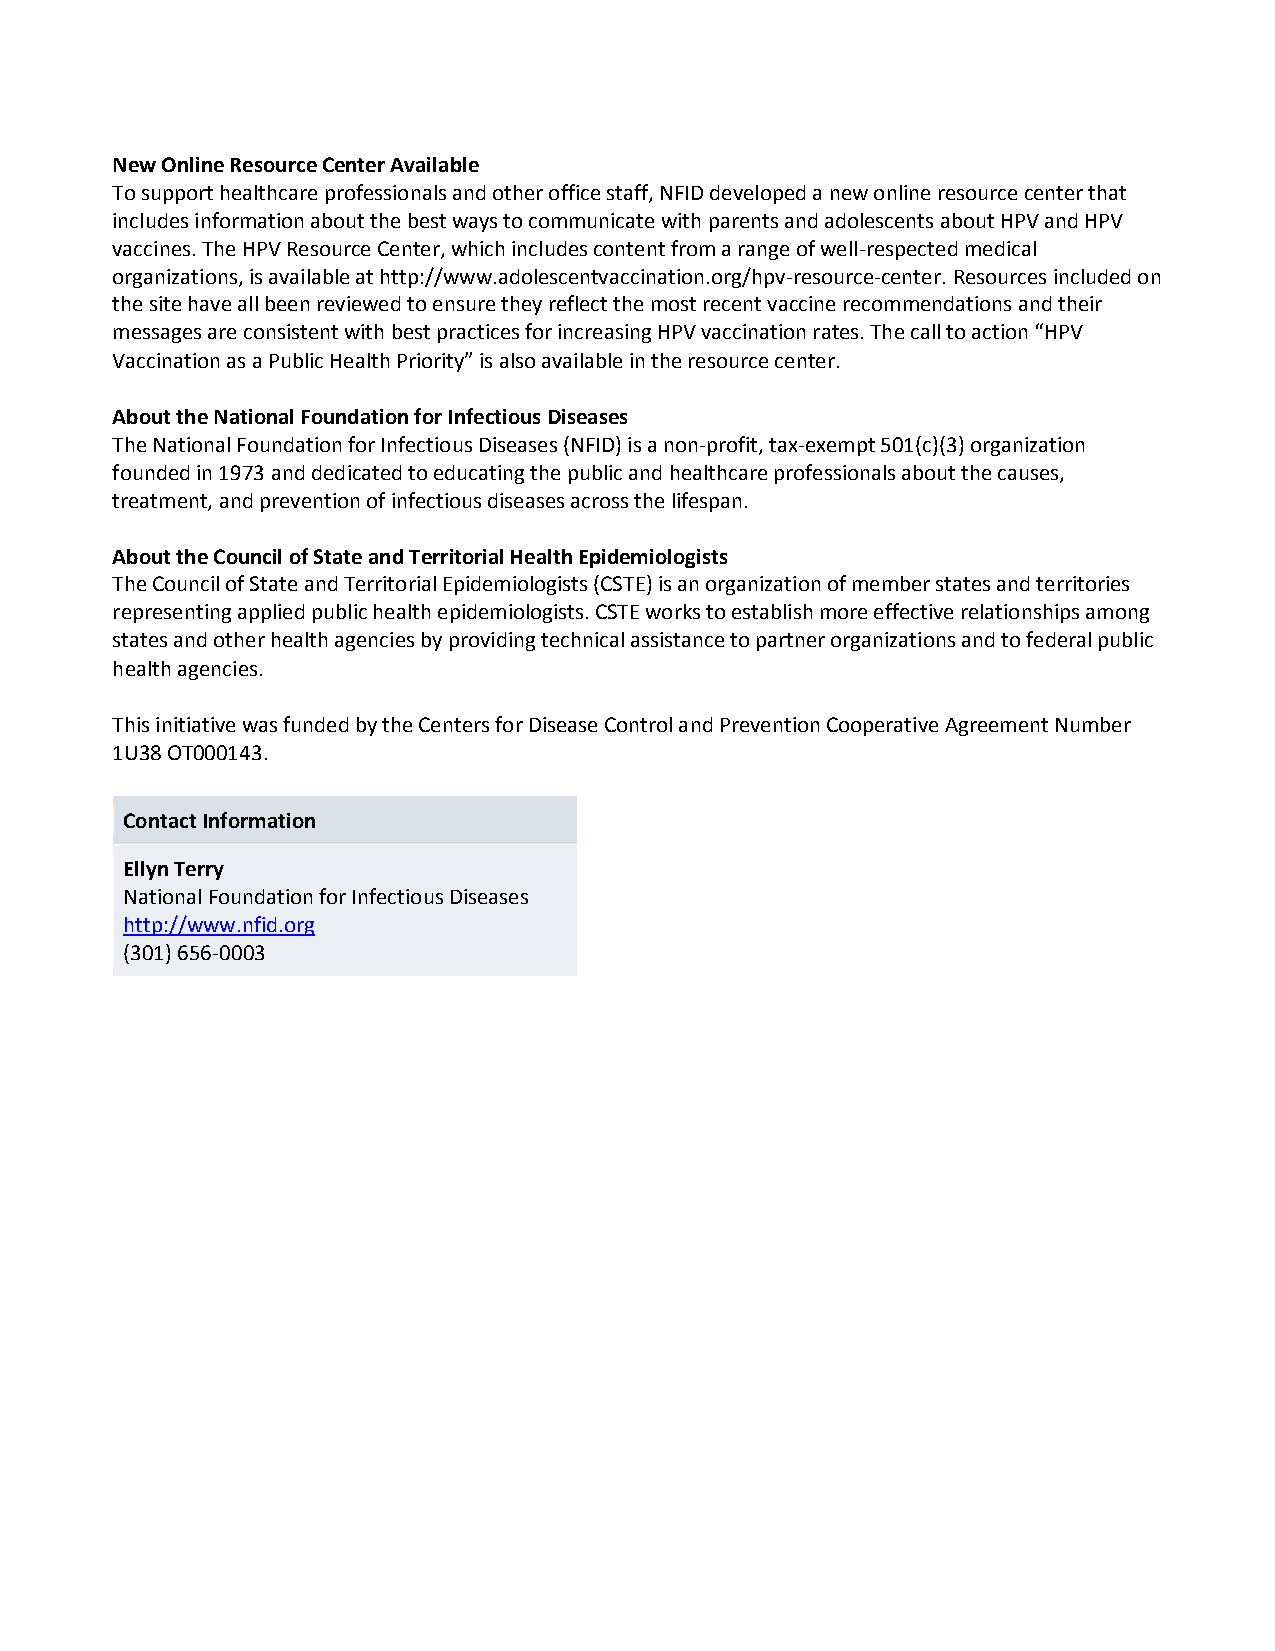
New Online Resource Center Available
 To support healthcare professionals and other office staff, NFID developed a new online resource center that
 includes information about the best ways to communicate with parents and adolescents about HPV and HPV
 vaccines. The HPV Resource Center, which includes content from a range of well-respected medical
 organizations, is available at http://www.adolescentvaccination.org/hpv-resource-center. Resources included on
 the site have all been reviewed to ensure they reflect the most recent vaccine recommendations and their
 messages are consistent with best practices for increasing HPV vaccination rates. The call to action “HPV
 Vaccination as a Public Health Priority” is also available in the resource center.
 About the National Foundation for Infectious Diseases
 The National Foundation for Infectious Diseases (NFID) is a non-profit, tax-exempt 501(c)(3) organization
 founded in 1973 and dedicated to educating the public and healthcare professionals about the causes,
 treatment, and prevention of infectious diseases across the lifespan.
 About the Council of State and Territorial Health Epidemiologists
 The Council of State and Territorial Epidemiologists (CSTE) is an organization of member states and territories
 representing applied public health epidemiologists. CSTE works to establish more effective relationships among
 states and other health agencies by providing technical assistance to partner organizations and to federal public
 health agencies.
 This initiative was funded by the Centers for Disease Control and Prevention Cooperative Agreement Number
 1U38 OT000143.
 Contact Information
 Ellyn Terry
 National Foundation for Infectious Diseases
 http://www.nfid.org
 (301) 656-0003